Problem: 38 + 21 = ?
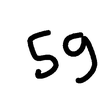
Handwritten answer: 59